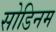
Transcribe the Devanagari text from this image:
सोडिनम